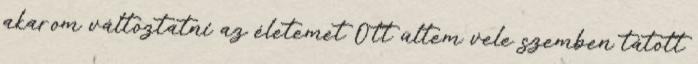
akarom változtatni az életemet Ott ültem vele szemben tátott